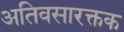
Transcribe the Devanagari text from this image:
अतिवसारक्तक